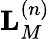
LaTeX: \mathbf{L}_{M}^{\left(n\right)}